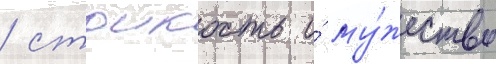
/ стоикость и́ му́жество